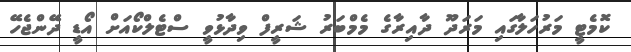
ކޮމެޓީ މަރުހަލާގައި މަރަދޫ ދާއިރާގެ މެމްބަރު ޝަރީފް ވިދާޅުވީ ސްޓެލްކޯއަށް އޯޑީ ދޭންޖެހޭ